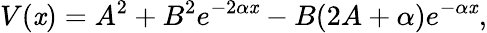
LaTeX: V(\mathit{x})=A^{2}+B^{2}e^{-2\alpha\mathit{x}}-B(2A+\alpha)e^{-\alpha\mathit{x}},